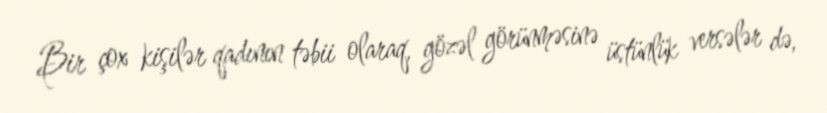
Bir çox kişilər qadının təbii olaraq, gözəl görünməsinə üstünlük versələr də,